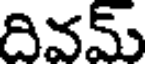
దివమ్